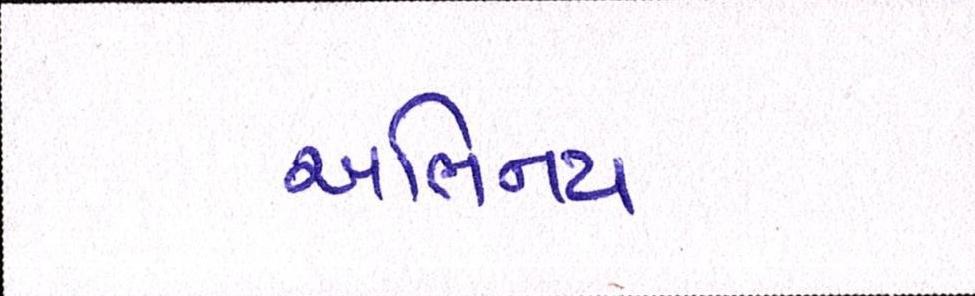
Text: અભિનય